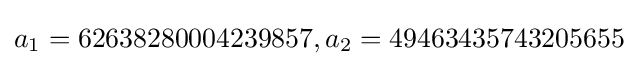
a_{1}=62638280004239857,a_{2}=49463435743205655